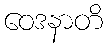
ဝေဒနာတိ